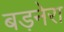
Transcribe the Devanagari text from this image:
बड़नेरा